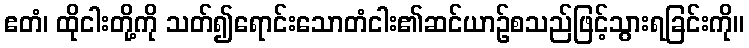
ဧတံ၊ ထိုငါးတို့ကို သတ်၍ရောင်းသောတံငါး၏ဆင်ယာဉ်စသည်ဖြင့်သွားရခြင်းကို။